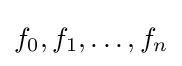
f_{0},f_{1},\ldots ,f_{n}